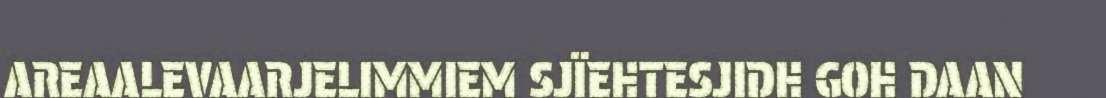
AREAALEVAARJELIMMIEM SJÏEHTESJIDH GOH DAAN